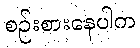
စဉ်းစားနေပါက